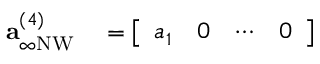
\begin{array} { r l } { \mathbf { a } _ { \infty \mathrm { N W } } ^ { ( 4 ) } } & { { } = \left[ \begin{array} { l l l l } { a _ { 1 } } & { 0 } & { \cdots } & { 0 } \end{array} \right] } \end{array}